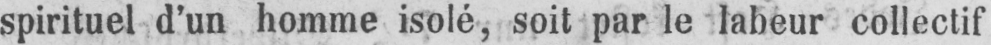
spirituel d’un homme isolé, soit par le labeur collectif